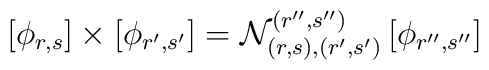
\left[ \phi _{r,s}\right] \times \left[ \phi _{r^{\prime },s^{\prime}}\right] =\mathcal{N}_{(r,s),(r^{\prime },s^{\prime })}^{(r^{\prime \prime},s^{\prime \prime })}\left[ \phi _{r^{\prime \prime },s^{\prime \prime}}\right]